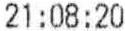
21:08:20